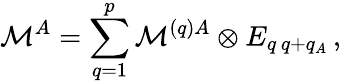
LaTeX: {\cal M}^{A}=\sum_{q=1}^{p}{\cal M}^{(q)A}\otimes E_{q\, q+q_{A}}\, ,